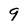
Character: 9